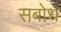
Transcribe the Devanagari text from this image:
सबोध